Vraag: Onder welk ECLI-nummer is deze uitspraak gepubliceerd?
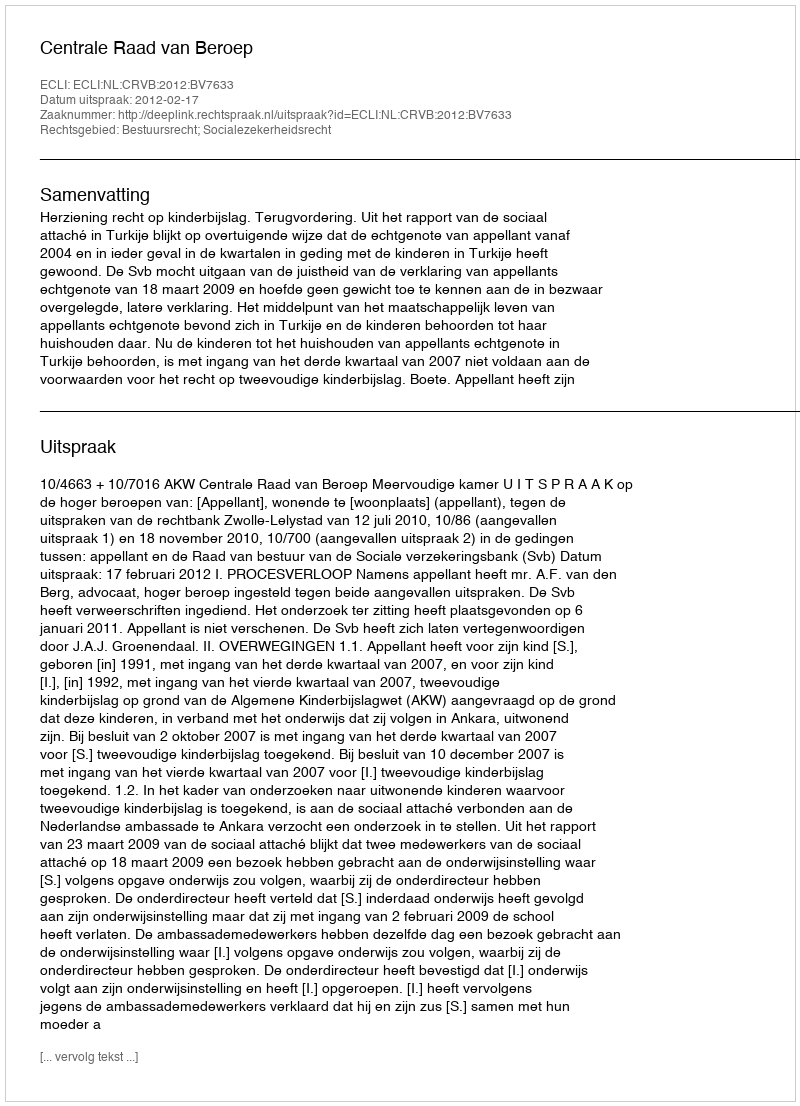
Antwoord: ECLI:NL:CRVB:2012:BV7633